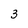
Character: 3